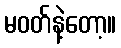
မဝတ်နဲ့တော့။